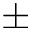
\pm